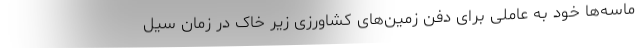
ماسه‌ها خود به عاملی برای دفن زمین‌های کشاورزی زیر خاک در زمان سیل